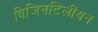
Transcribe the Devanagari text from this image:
विजिनटिलीयन